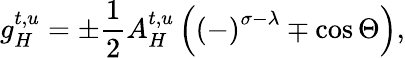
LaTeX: g_{H}^{t,u}=\pm\frac 12A_{H}^{t,u}\left({(-)}^{\sigma-\lambda}\mp\cos\Theta\right),